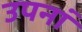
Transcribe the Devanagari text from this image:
उपनां